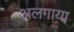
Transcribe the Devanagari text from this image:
अलगाया